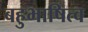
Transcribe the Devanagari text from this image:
बहुभाषित्व